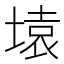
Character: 𰊍